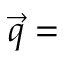
\vec { q } =